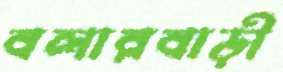
বলারবাড়ী